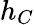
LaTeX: h_{C}